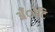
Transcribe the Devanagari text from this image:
अँोटि